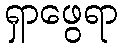
ရှာဖွေရာ